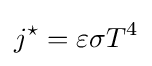
j^{\star }=\varepsilon \sigma T^{4}